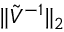
\| \tilde { V } ^ { - 1 } \| _ { 2 }